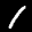
Label: 1